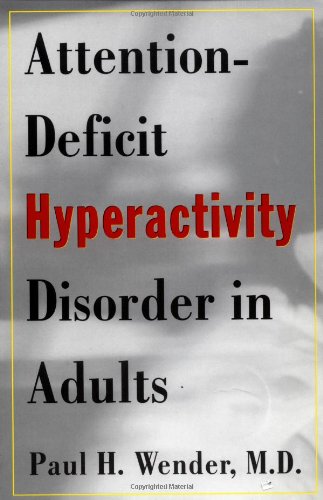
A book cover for Attention-Deficit Hyperactivity Disorder in Adults; MD Paul H. Wender; Parenting & Relationships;